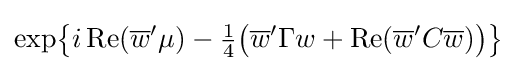
\exp \!{\big \{}i\operatorname {Re} ({\overline {w}}'\mu )-{\tfrac {1}{4}}{\big (}{\overline {w}}'\Gamma w+\operatorname {Re} ({\overline {w}}'C{\overline {w}}){\big )}{\big \}}